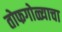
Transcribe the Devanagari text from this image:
तोफगोळ्याचा